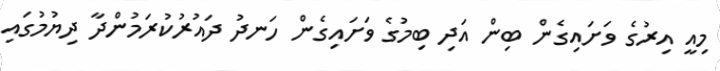
މިއީ އިރުގެ ވަށައިގެން ބިން އަދި ބިމުގެ ވަށައިގެން ހަނދު ދައުރުކުރަމުންދާ ދިޔުމުގައި